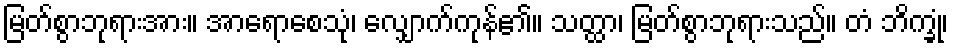
မြတ်စွာဘုရားအား။ အာရောစေသုံ၊ လျှောက်ကုန်၏။ သတ္ထာ၊ မြတ်စွာဘုရားသည်။ တံ ဘိက္ခုံ၊